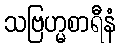
သဗြဟ္မစာရီနံ